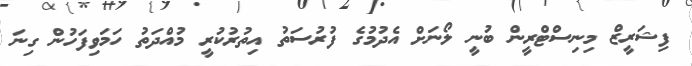
ފިޝަރީޒް މިނިސްޓްރީން ބުނީ ލޯނަށް އެދުމުގެ ފުރުސަތު އިތުރުކުރީ މުއްދަތު ހަަމަވިފަހުން ގިނަ